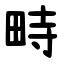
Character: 畤